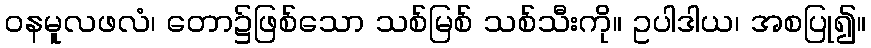
ဝနမူလဖလံ၊ တော၌ဖြစ်သော သစ်မြစ် သစ်သီးကို။ ဥပါဒါယ၊ အစပြု၍။